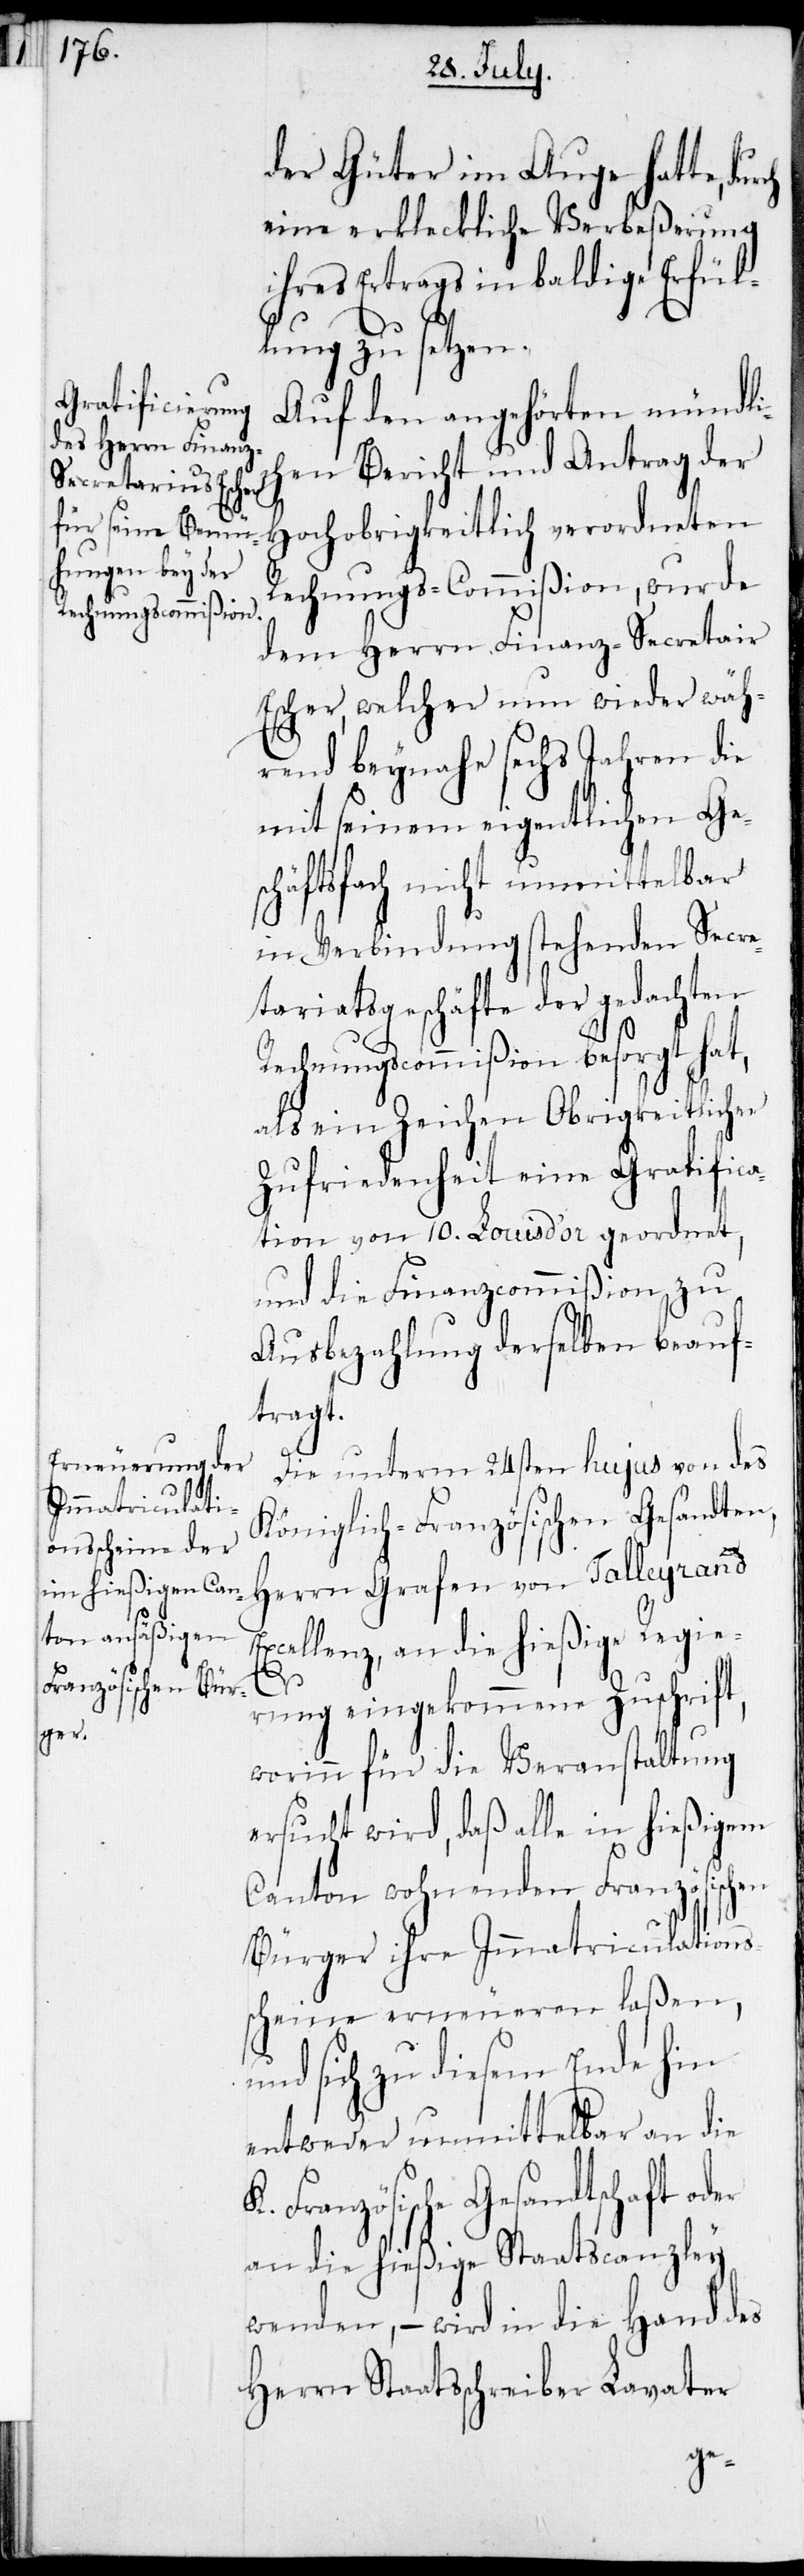
er

der Güter im Auge hatte,
eine erkleckliche Verbeßerung
ihres Ertrags in baldige Erfül¬
lung zu setzen.
Auf den angehörten mündlic¬
hen Bericht und Antrag der
Hochobrigkeitlich verordneten
Rechnungs-Commißion, wurde
dem Herrn Finanz-Secretair
Escher, welcher nun wieder wäh¬
rend beynahe sechs Jahren die
mit seinem eigentlichen Ge¬
schäftsfach nicht unmittelbar
in Verbindung stehenden Secre¬
tariatsgeschäfte der gedachten
Rechnungscommißion besorgt hat,
als ein Zeichen Obrigkeitlicher
Zufriedenheit eine Gratifica¬
tion von 10. Louis d’Oor geordnet,
und die Finanzcommißion zu
Ausbezahlung derselben beauf¬
tragt.
Die unterm 24sten hujus von des
Königlich-Französischen Gesandten,
Herrn Grafen von Talleyrand
cellenz, an die hießige Regie¬
rung eingekommene Zuschrift,
worinn für die Veranstaltung
ersucht wird, daß alle in hießigem
Canton wohnenden Französischen
Bürger ihre Immatriculations¬
scheine erneueren laßen,
nd sich zu diesem Ende hin
entweder unmittelbar an die
K. Französische Gesandtschaft od¬
an die hießige Staatscanzley
wenden, – wird in die Hand des
Herrn Staatsschreiber Lavater
u¬